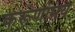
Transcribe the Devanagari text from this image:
करूणामय